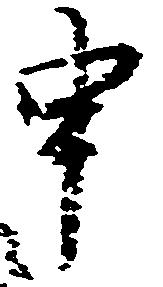
申